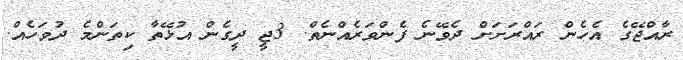
ރާއްޖޭގެ އެހެން ރައްރަށަށް ދެވޭނެ ފެންވަރެއްނެތް. 3ޖީ ދީގެން އުޅޭތާ ކިތަންމެ ދުވަހެއް.